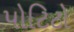
પોટિટો